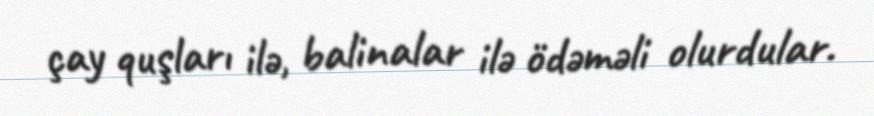
çay quşları ilə, balinalar ilə ödəməli olurdular.